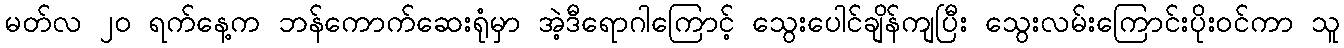
မတ်လ ၂၀ ရက်နေ့က ဘန်ကောက်ဆေးရုံမှာ အဲ့ဒီရောဂါကြောင့် သွေးပေါင်ချိန်ကျပြီး သွေးလမ်းကြောင်းပိုးဝင်ကာ သူ